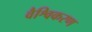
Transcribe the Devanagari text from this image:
वैश्विकरण